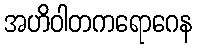
အဟိဝါတကရောဂေန